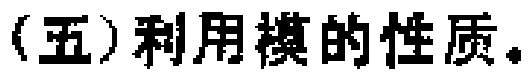
(五)利用模的性质。